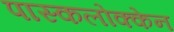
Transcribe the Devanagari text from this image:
पास्कलोक्केन